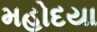
મહોદયા